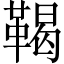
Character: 鞨